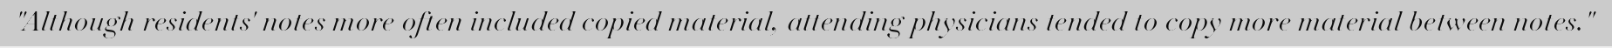
"Although residents' notes more often included copied material, attending physicians tended to copy more material between notes."